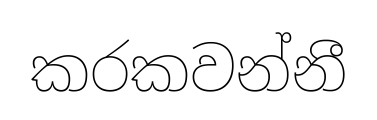
කරකවන්නී